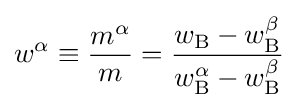
w^{\alpha }\equiv {\frac {m^{\alpha }}{m}}={\frac {w_{\rm {B}}-w_{\rm {B}}^{\beta }}{w_{\rm {B}}^{\alpha }-w_{\rm {B}}^{\beta }}}